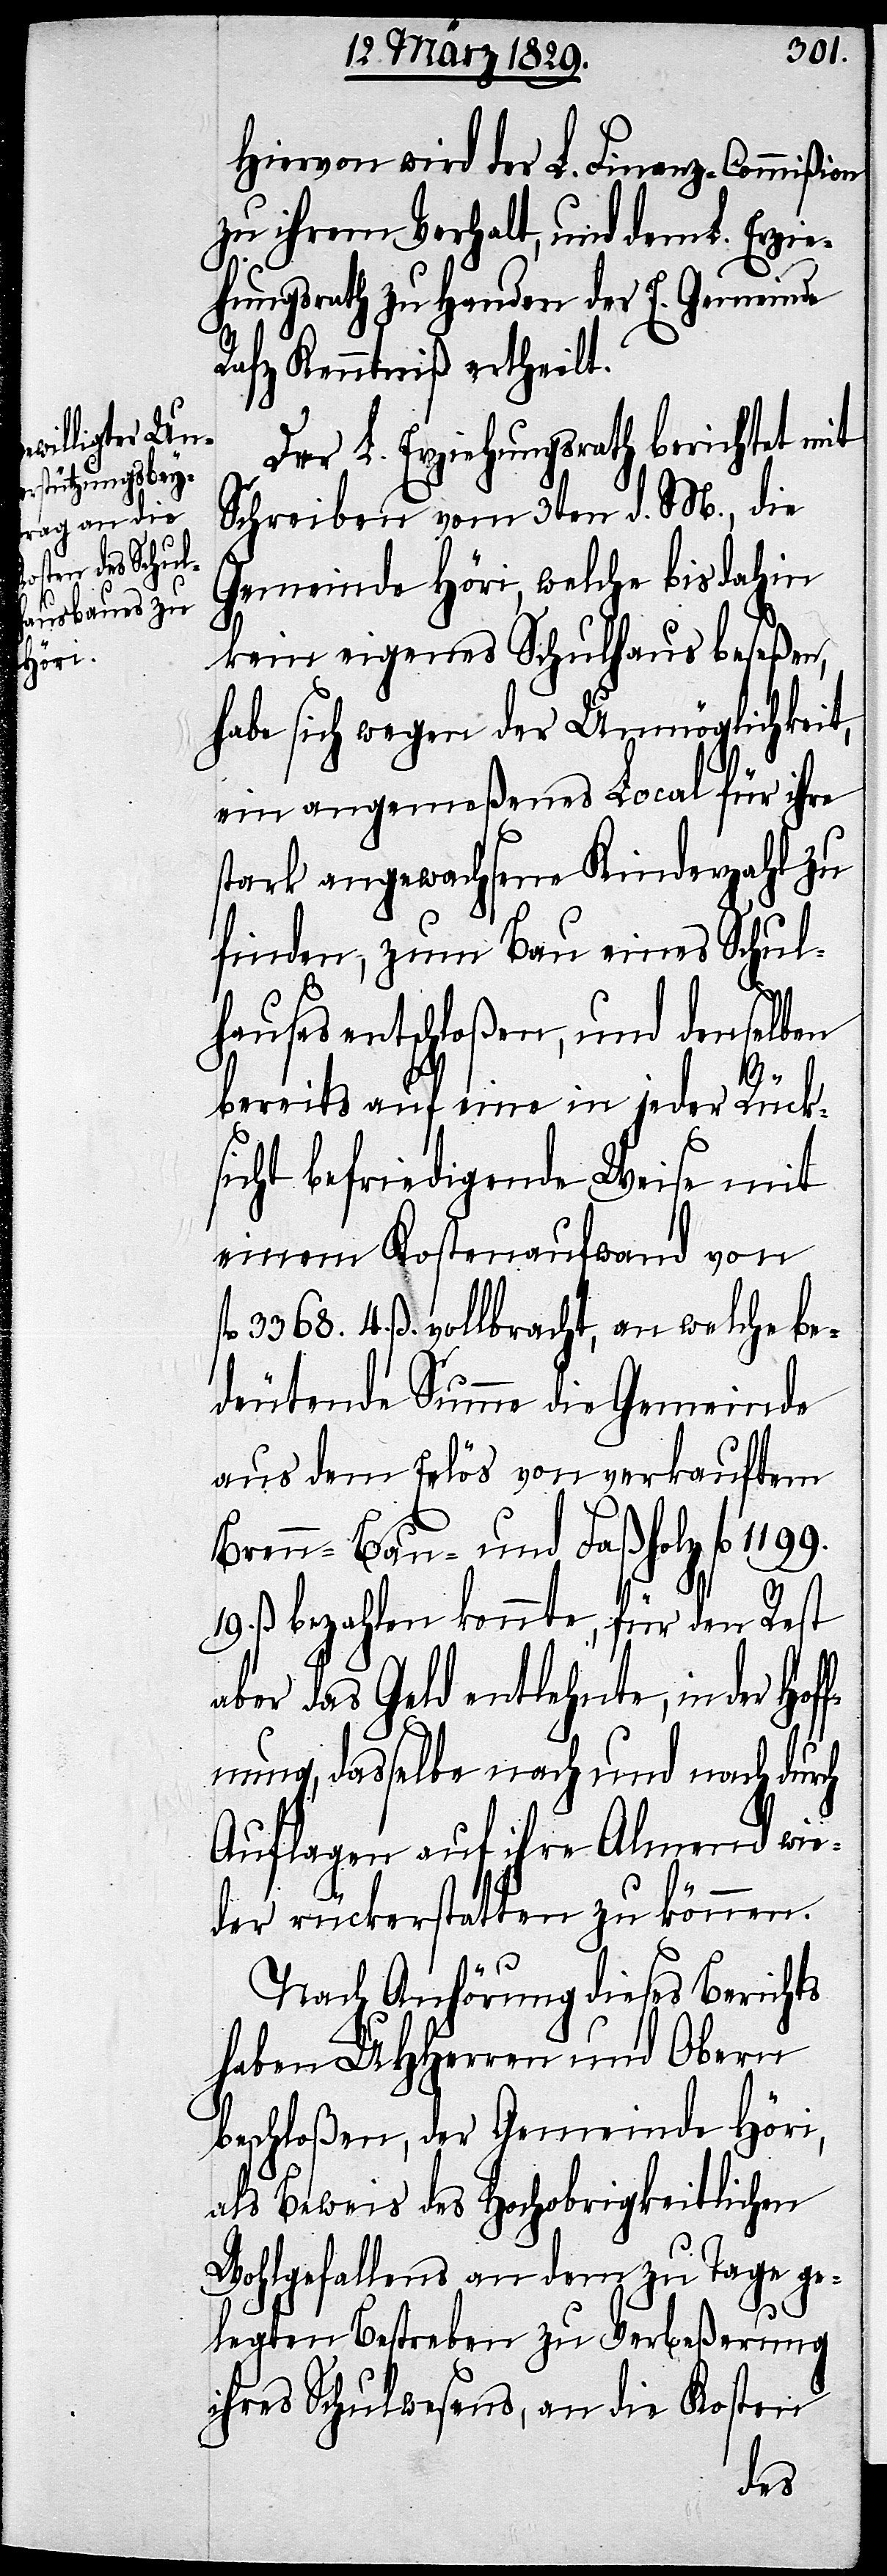
Hiervon wird der L. Finanz-Commißion
zu ihrem Verhalt, und dem L. Erzie¬
hungsrath zu Handen der E. Gemeinde
Rafz Kenntniß ertheilt.
Der L. Erziehungsrath berichtet mit
Schreiben vom 3ten d. M., die
Gemeinde Höri, welche bis dahin
kein eigenes Schulhaus beseßen,
habe sich wegen der Unmöglichkeit
ein angemeßenes Local für ihre
stark angewachsene Kinderzahl zu
finden, zum Bau eines Schul¬
hauses entschloßen, und denselben
bereits auf eine in jeder Rück¬
sicht befriedigende Weise mit
einem Kostenaufwand von
4. ß. vollbracht, an welche be¬
deutende Summe die Gemeinde
aus dem Erlös von verkauften
Bau- und Faßholz fl.
19.
ß. bezahlen konnte, für den Rest
aber das Geld entlehnte, in der Hof¬
fnung, dasselbe nach und nach durch
Auflagen auf ihre Almend wie¬
der rückerstatten zu können.
Nach Anhörung dieses Berichts
haben UHHerren und Obern
beschloßen, der Gemeinde Höri,
als Beweis des Hochobrigkeitlichen
Wohlgefallens an dem zu Tage ge¬
legten Bestreben zu Verbeßerung
ihres Schulwesens, an die Kosten